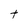
Character: t